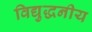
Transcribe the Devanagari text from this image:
विद्युद्धनीय